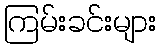
ကြမ်းခင်းများ